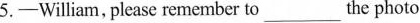
5.-William, please remember to ___ the photo